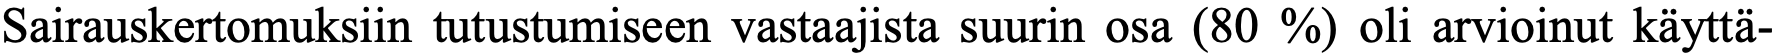
Sairauskertomuksiin tutustumiseen vastaajista suurin osa (80 %) oli arvioinut käyttä-